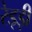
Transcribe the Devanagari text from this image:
रेड्ड़ी